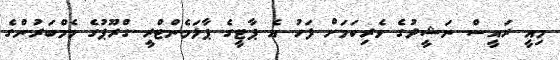
މިއީ ރައީސް ނަޝީދުގެ ވެރިކަމަށް ފަހު އެ ޕާޓީގެ ޕާލަމެންޓްރީ ގްރޫޕުގެ މެމްބަރުންގެ